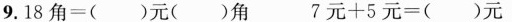
9. $$1 8角=()元()角$$ $$7元 +5 元 = () 元$$